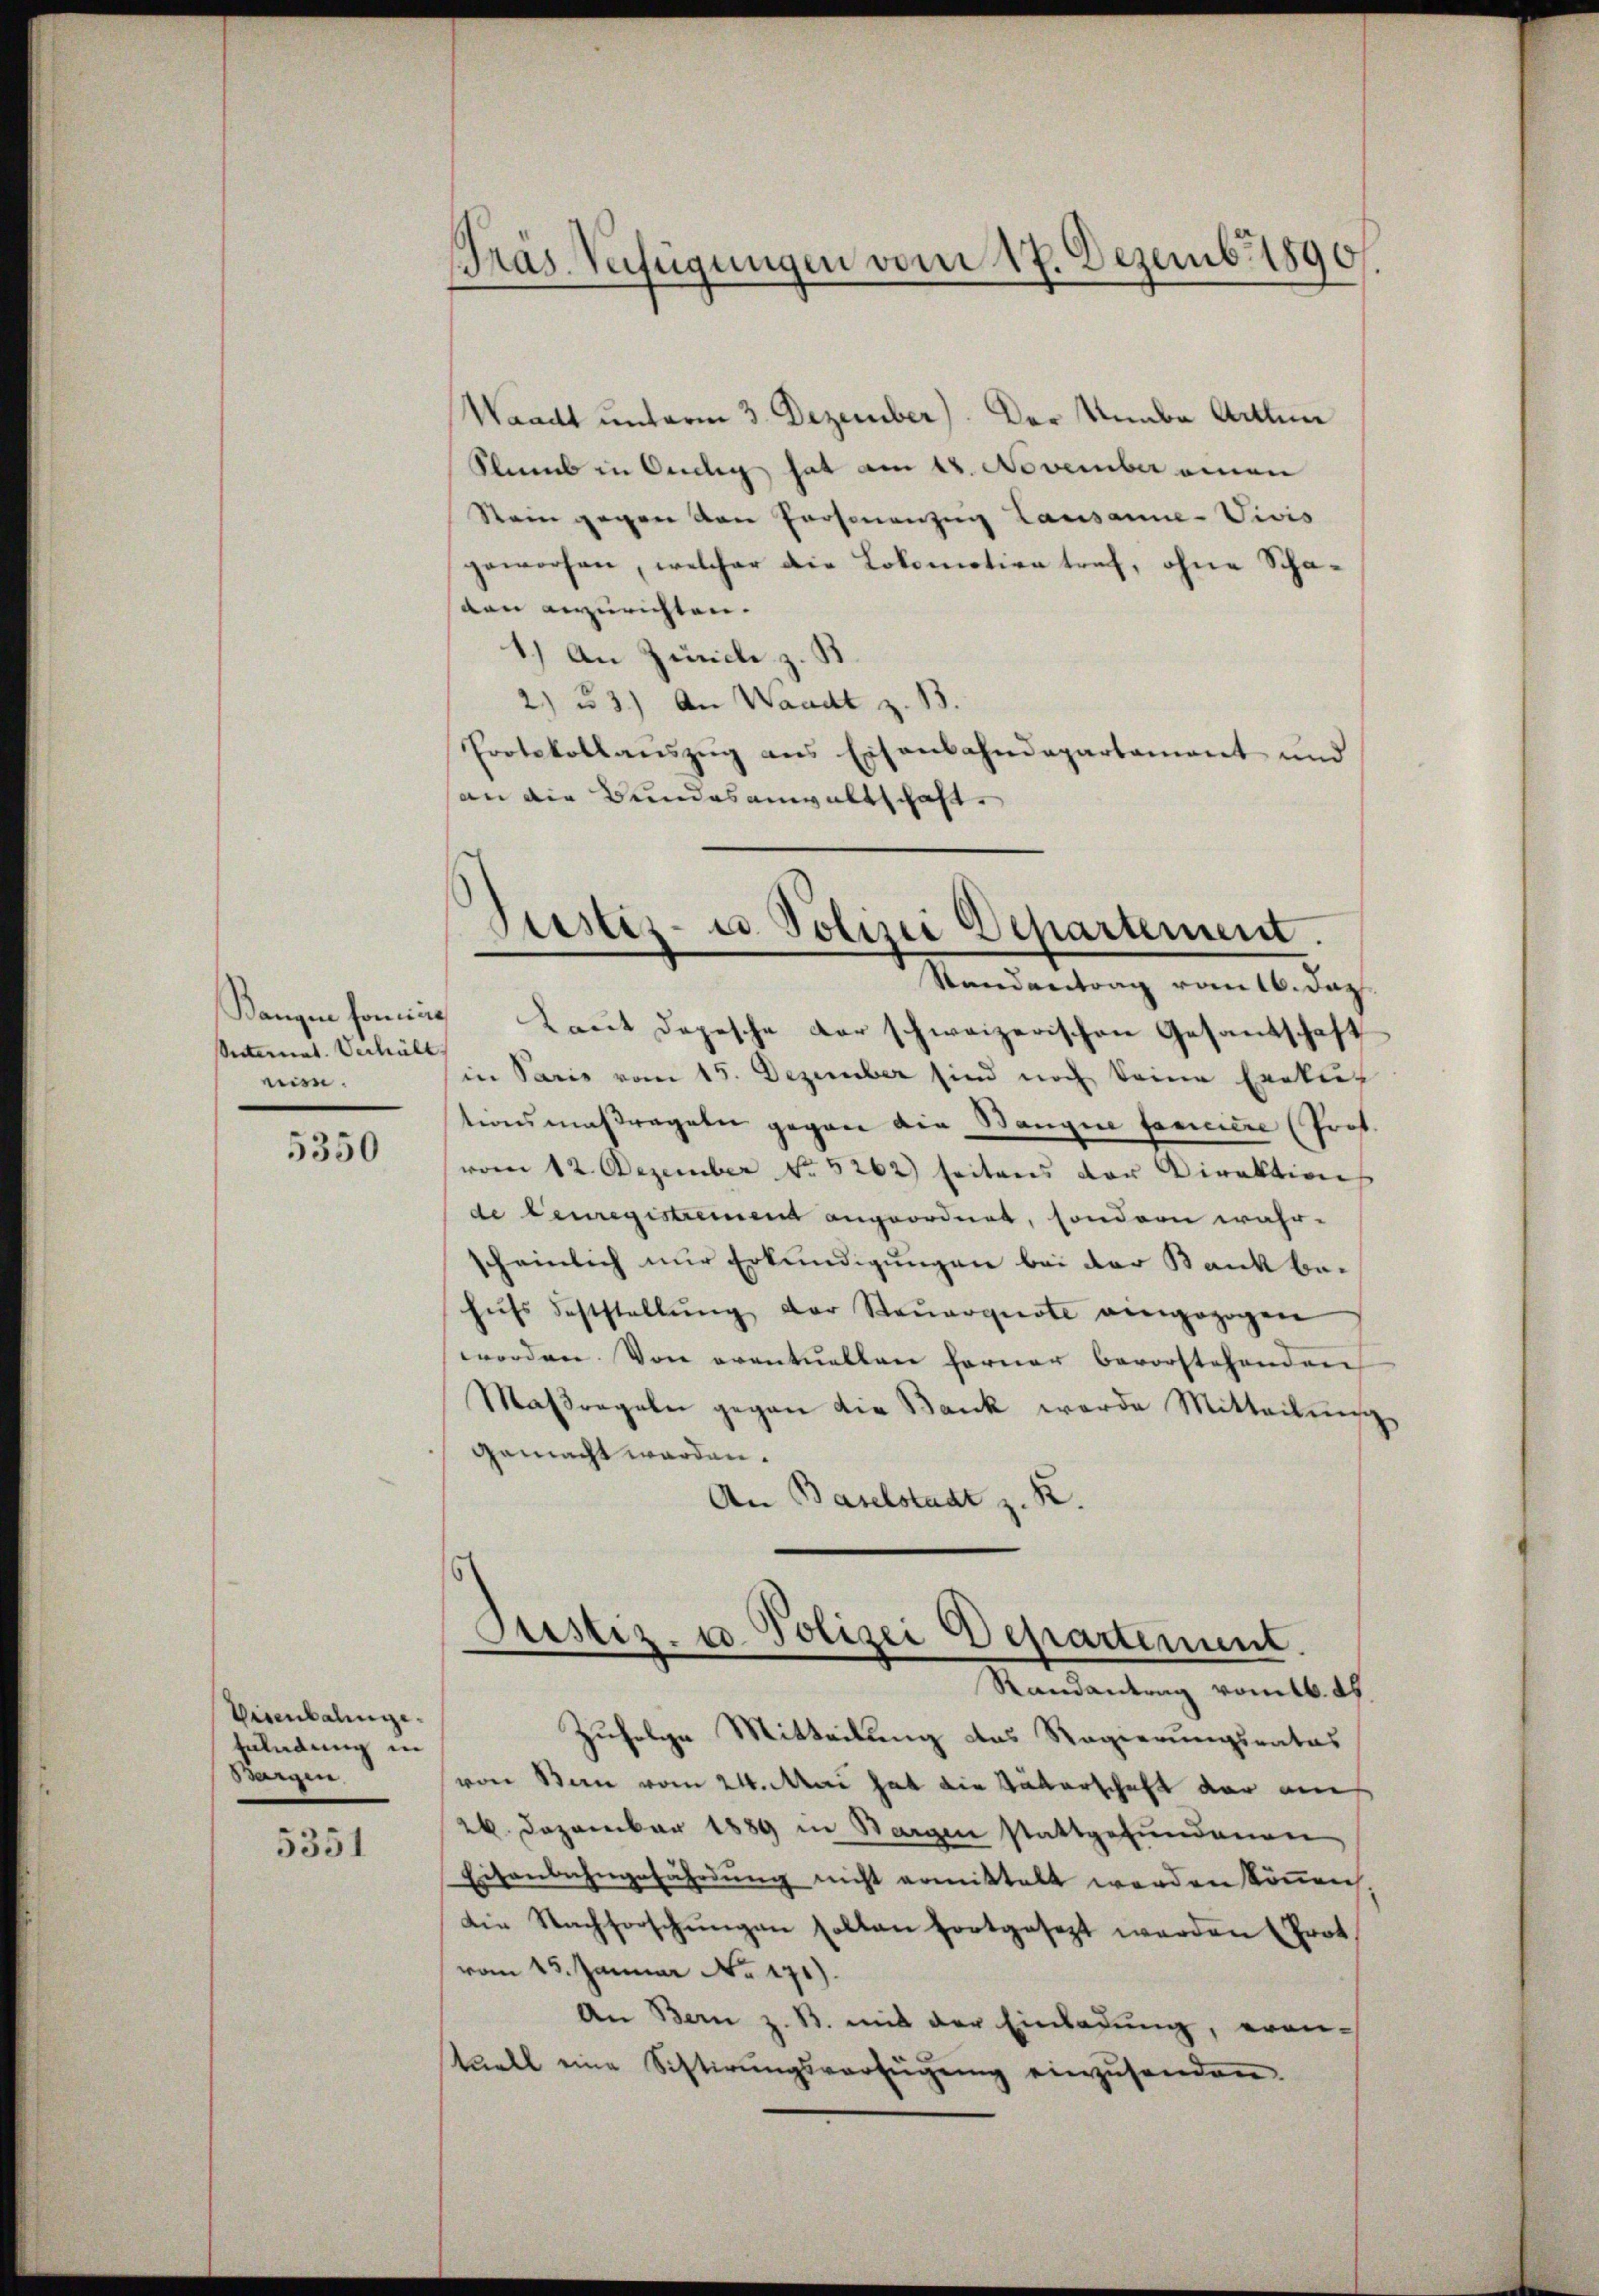
Vnternat. Verhält,
nin.

5350

Visenbalingezuladung in
Segen.

5351

Präs. Verfügungen vom 17. Dezemb. 1890.

Waadt unterm 3. Dezember). Der Knabe Arten
Slins in Oudlig hat am 18. November einen
Stein gegen von Personanzen Lausanne-Vivis
geworfen, welcher die Lokomotive tref, ohne Schadon anzurichten.
1.) An Zürich z. B
2) u. 3.) An Waadt z. B.
Protokollauszug aus Eisenbahndepartement und
an die Bundesanwaltschaft

Justiz- u Polizei Departement.

Randantrag vom 16. Dez.
Rangen homine Laut Depesche der schweizerischen Gesandschaft
in Paris vom 15. Dezember sind noch keine Exekut
tionsmaßregeln gegen die Wangen fanciere (Prof.
vom 12. Dezember No. 5262) seitens der Direktion
de Feuregistrement angeordnet, sondern wahr-
scheinlich nur Erkundigungen bei der Bank behŭfs Feststellŭng der Steŭerquote eingezogen
worden. Von eventuellen ferner bevorstehenden
Maßregeln gegen die Bank werde Mitteilung
gemacht worden.
An Baselstadt z. K
s
Justiz- u. Polizei Departement.
Randantrag vom 16. d.
Zufolge Mitteilung das Regierungsrates
von Bern vom 24. Mai hat die Väterschaft der ains
26. Dezember 1889 in Bargen stattgefundenen
Eisenbahngefährdung nicht ermittelt werden können.
Die Nachforschungen solten fortgesezt werden (Prot.
vom 15. Januar Nr. 171).
An Bern z. B. mit der Einladŭng, erantuell eine Sistirŭngsverfügŭng einzŭsenden.